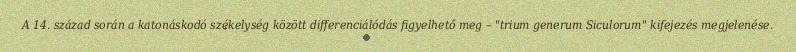
A 14. század során a katonáskodó székelység között differenciálódás figyelhető meg – "trium generum Siculorum" kifejezés megjelenése.